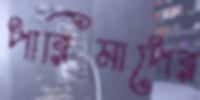
পারিমাপের